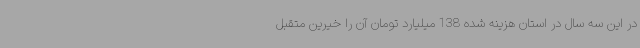
در این سه سال در استان هزینه شده 138 میلیارد تومان آن را خیرین متقبل